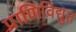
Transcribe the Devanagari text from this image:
प्राणिविद्युत